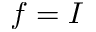
f = I